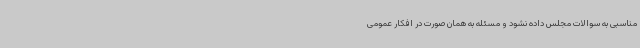
مناسبی به سوالات مجلس داده نشود و مسئله به همان صورت در افکار عمومی